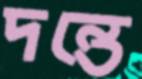
দন্তে